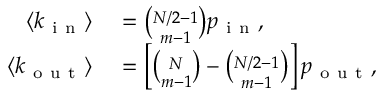
\begin{array} { r l } { \langle k _ { \mathrm { ~ i ~ n ~ } } \rangle } & { { } = \binom { N / 2 - 1 } { m - 1 } p _ { \mathrm { ~ i ~ n ~ } } , } \\ { \langle k _ { \mathrm { ~ o ~ u ~ t ~ } } \rangle } & { { } = \left[ \binom { N } { m - 1 } - \binom { N / 2 - 1 } { m - 1 } \right] p _ { \mathrm { ~ o ~ u ~ t ~ } } , } \end{array}